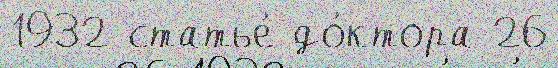
1932 статье́ до́ктора 26